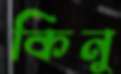
কিনু